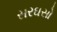
સરઘસો